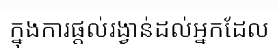
ក្នុងការផ្តល់រង្វាន់ដល់អ្នកដែល